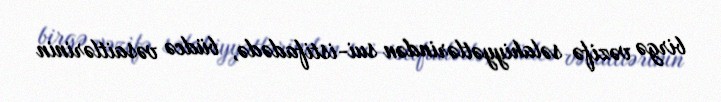
birgə vəzifə səlahiyyətlərindən sui-istifadədə, büdcə vəsaitlərinin